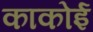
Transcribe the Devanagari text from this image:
काकोई